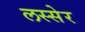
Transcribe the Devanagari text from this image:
लस्सेर